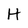
Character: H